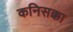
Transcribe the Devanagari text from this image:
कनिसक्का